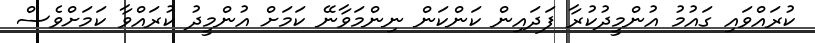
ކުރައްވައި ގައުމު އުންމީދުކުރާ ފަދައިން ކަންކަން ނިންމަވާނޭ ކަމަށް އުންމީދު ކުރައްވާ ކަމަށްވެސް